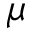
\mu